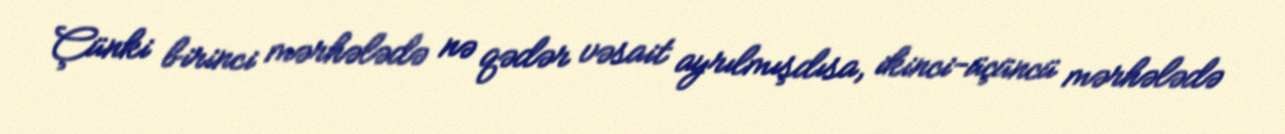
Çünki birinci mərhələdə nə qədər vəsait ayrılmışdısa, ikinci-üçüncü mərhələdə